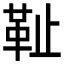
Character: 𩉮